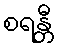
စရန္တီ